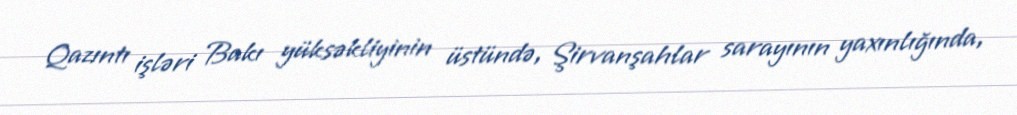
Qazıntı işləri Bakı yüksəkliyinin üstündə, Şirvanşahlar sarayının yaxınlığında,